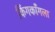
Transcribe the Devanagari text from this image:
किंगकाँगला